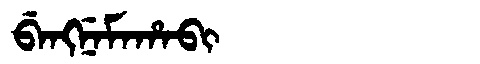
Manchu: ᠪᡝᠩᠨᡝᠮᠠᡥᠠᠪᡳ
Romanization: BENGNEMAHABI